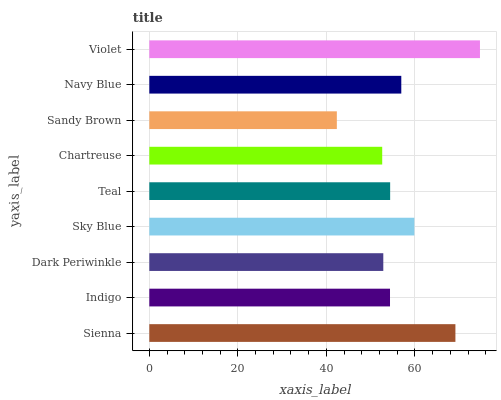
| yaxis_label | bars |
 | --- | --- |
 | Sienna | 69.1 |
 | Indigo | 54.4 |
 | Dark Periwinkle | 52.9 |
 | Sky Blue | 59.9 |
 | Teal | 54.4 |
 | Chartreuse | 52.6 |
 | Sandy Brown | 42.4 |
 | Navy Blue | 56.9 |
 | Violet | 74.7 |